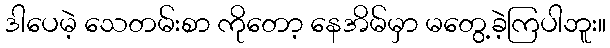
ဒါပေမဲ့ သေတမ်းစာ ကိုတော့ နေအိမ်မှာ မတွေ့ခဲ့ကြပါဘူး။